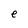
Character: e